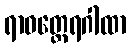
ရာဓတ္ထေရဂါထာ